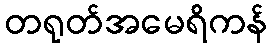
တရုတ်အမေရိကန်